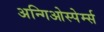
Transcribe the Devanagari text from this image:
अन्गिओस्पेर्म्स